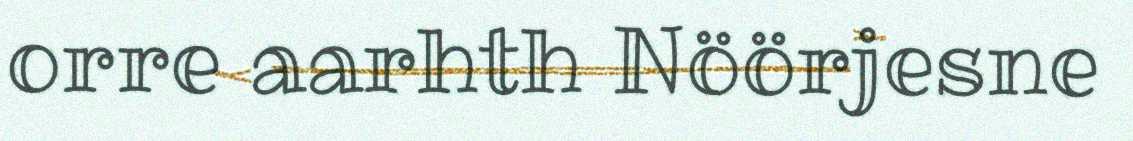
orre aarhth Nöörjesne